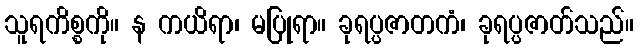
သူရကိစ္စကို။ န ကယိရာ၊ မပြုရာ။ ခုရပ္ပဇာတကံ၊ ခုရပ္ပဇာတ်သည်။